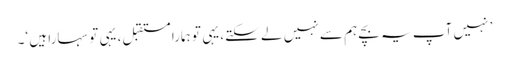
’ نہیں آپ یہ بچے ہم سے نہیں لے سکتے، یہی تو ہمارا مستقبل، یہی تو سہارا ہیں ‘۔